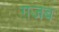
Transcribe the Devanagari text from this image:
ग़जब